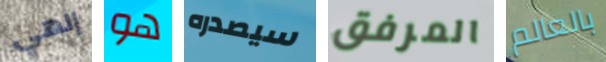
إلهي هو سيصدره المرفق بالعالم